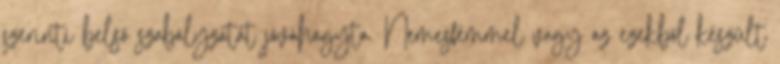
szerinti belső szabályzatát jóváhagyta. Nemesfémmel vagy az ezekből készült